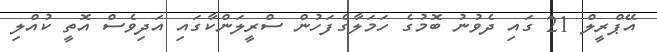
އޭޕްރީލް 21 ގައި ދެވުނު ބޮމުގެ ހަމަލާގެފަހުން ސްރީލަންކާގައި އަދިވެސް އޮތީ ކުއްލި